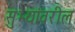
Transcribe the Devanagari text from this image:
सुभ्यांवरील